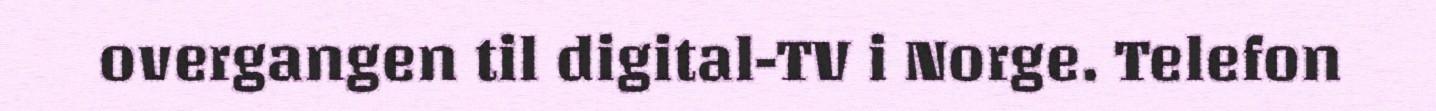
overgangen til digital-TV i Norge. Telefon